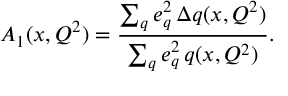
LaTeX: A _ { 1 } ( x , Q ^ { 2 } ) = \frac { \sum _ { q } e _ { q } ^ { 2 } \, \Delta q ( x , Q ^ { 2 } ) } { \sum _ { q } e _ { q } ^ { 2 } \, q ( x , Q ^ { 2 } ) } .